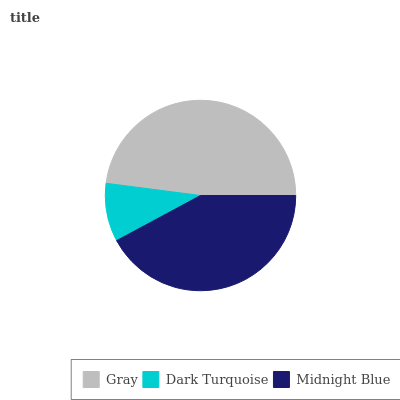
| Gray | Dark Turquoise | Midnight Blue |
 | --- | --- | --- |
 | 47.9% | 9.9% | 42.2% |